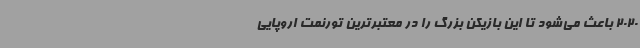
2020 باعث می‌شود تا این بازیکن بزرگ را در معتبرترین تورنمت اروپایی